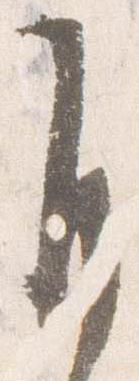
自